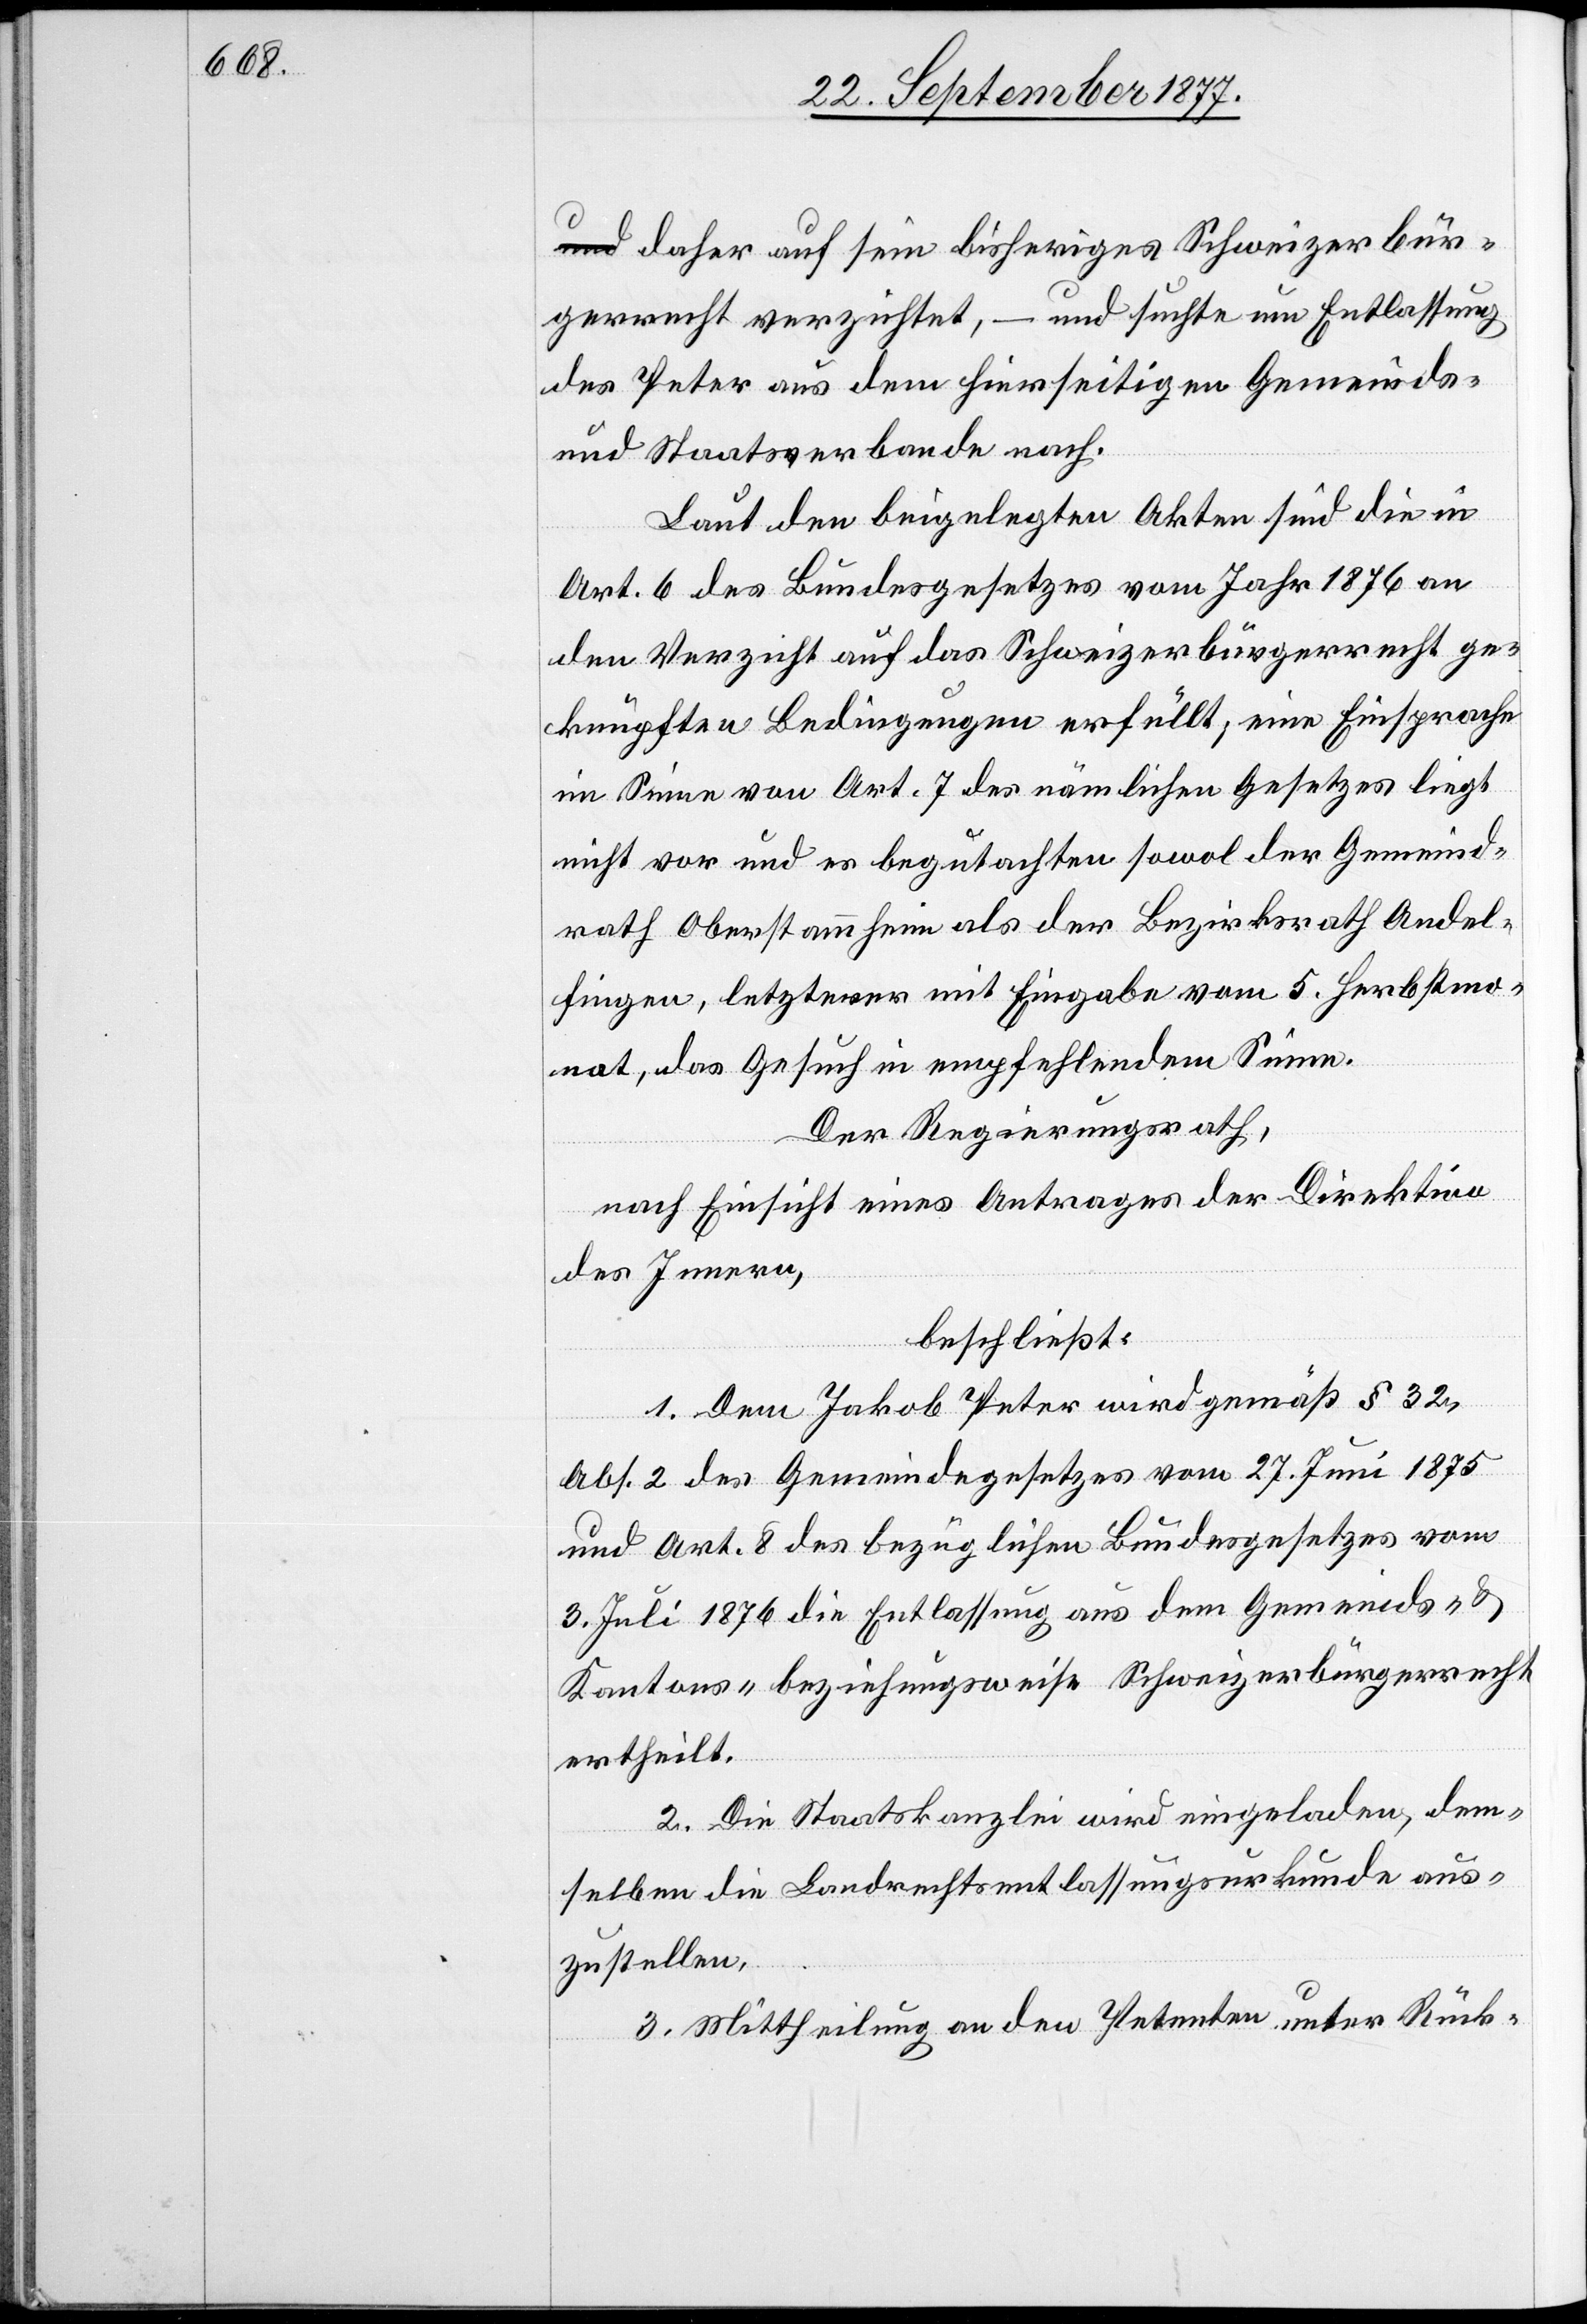
a-und-a daher auf sein bisheriges Schweizerbür¬
gerrecht verzichtet, – und suchte um Entlassung
des Peter aus dem hierseitigen Gemeinds-
und Staatsverbande nach.
Laut den beigelegten Akten sind die in
Art. 6 des Bundesgesetzes vom Jahr 1876 an
den Verzicht auf das Schweizerbürgerrecht ge¬
knüpften Bedingungen erfüllt; eine Einsprache
im Sinne von Art. 7 des nämlichen Gesetzes liegt
nicht vor und es begutachten sowol der Gemeind¬
rath Oberstammheim als der Bezirksrath Andel¬
fingen, letzterer mit Eingabe vom 5. Herbstmo¬
nat, das Gesuch in empfehlendem Sinne.
Der Regierungsrath,
nach Einsicht eines Antrages der Direktion
des Innern,
beschließt:
1. Dem Jakob Peter wird gemäß § 32,
Abs. 2 des Gemeindegesetzes vom 27. Juni 1875
und Art. 8 des bezüglichen Bundesgesetzes vom
3. Juli 1876 die Entlassung aus dem Gemeinds- &
Kantons- beziehungsweise Schweizerbürgerrecht
ertheilt.
2. Die Staatskanzlei wird eingeladen, dem¬
selben die Landrechtsentlassungsurkunde aus¬
zustellen.
3. Mittheilung an den Petenten unter Rück-